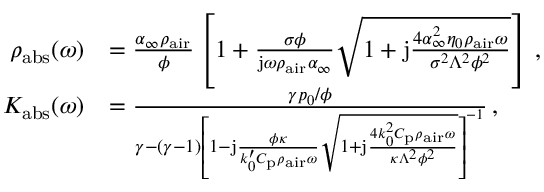
\begin{array} { r l } { \rho _ { \mathrm { a b s } } ( \omega ) } & { = \frac { \alpha _ { \infty } \rho _ { \mathrm { a i r } } } { \phi } \left[ 1 + \frac { \sigma \phi } { \mathrm { j } \omega \rho _ { \mathrm { a i r } } \alpha _ { \infty } } \sqrt { 1 + \mathrm { j } \frac { 4 \alpha _ { \infty } ^ { 2 } \eta _ { 0 } \rho _ { \mathrm { a i r } } \omega } { \sigma ^ { 2 } \Lambda ^ { 2 } \phi ^ { 2 } } } \right] \, , } \\ { K _ { \mathrm { a b s } } ( \omega ) } & { = \frac { \gamma p _ { 0 } / \phi } { \gamma - ( \gamma - 1 ) \left[ 1 - \mathrm { j } \frac { \phi \kappa } { k _ { 0 } ^ { \prime } C _ { \mathrm { p } } \rho _ { \mathrm { a i r } } \omega } \sqrt { 1 + \mathrm { j } \frac { 4 k _ { 0 } ^ { 2 } C _ { \mathrm { p } } \rho _ { \mathrm { a i r } } \omega } { \kappa \Lambda ^ { 2 } \phi ^ { 2 } } } \right] ^ { - 1 } } \, , } \end{array}